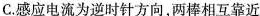
C.感应电流为逆时针方向，两棒相互靠近